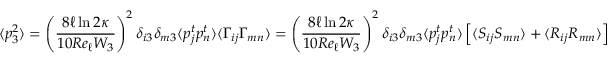
\langle p _ { 3 } ^ { 2 } \rangle = \left( \frac { 8 \ell \ln { 2 \kappa } } { 1 0 R e _ { \ell } W _ { 3 } } \right) ^ { 2 } \delta _ { i 3 } \delta _ { m 3 } \langle p _ { j } ^ { t } p _ { n } ^ { t } \rangle \langle \Gamma _ { i j } \Gamma _ { m n } \rangle = \left( \frac { 8 \ell \ln { 2 \kappa } } { 1 0 R e _ { \ell } W _ { 3 } } \right) ^ { 2 } \delta _ { i 3 } \delta _ { m 3 } \langle p _ { j } ^ { t } p _ { n } ^ { t } \rangle \left[ \langle S _ { i j } S _ { m n } \rangle + \langle R _ { i j } R _ { m n } \rangle \right]